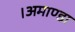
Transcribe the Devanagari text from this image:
।अमाण्डा